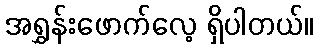
အရွှန်းဖောက်လေ့ ရှိပါတယ်။